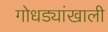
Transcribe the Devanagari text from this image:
गोधड्यांखाली